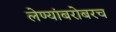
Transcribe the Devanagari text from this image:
लेण्यांबरोबरच